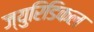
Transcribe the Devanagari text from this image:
ज्युरिडिकल